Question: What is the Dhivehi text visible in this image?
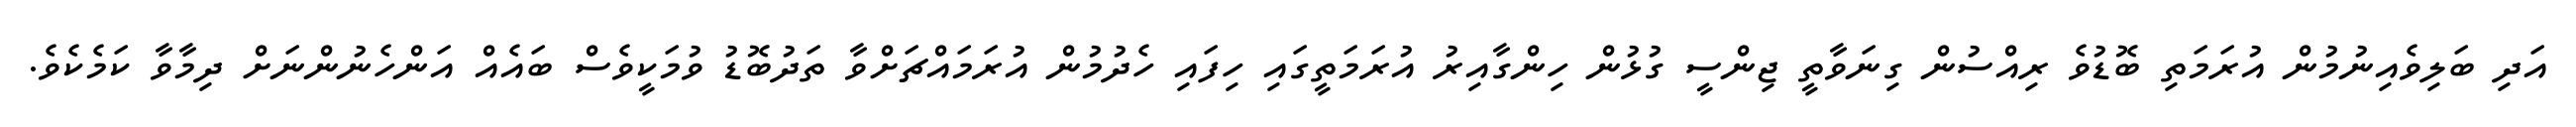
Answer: އަދި ބަލިވެއިނުމުން އުރަމަތި ބޮޑުވެ ރިއްސުން ގިނަވާތީ ޖިންސީ ގުޅުން ހިންގާއިރު އުރަމަތީގައި ހިފައި ހެދުމުން އުރަމައްޗަށްވާ ތަދުބޮޑު ވުމަކީވެސް ބައެއް އަންހެނުންނަށް ދިމާވާ ކަމެކެވެ.